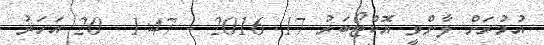
އުމުރަށް ލާންވީ އޮކްޓޯބަރު 17